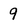
Character: 9